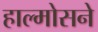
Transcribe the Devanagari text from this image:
हाल्मोसने